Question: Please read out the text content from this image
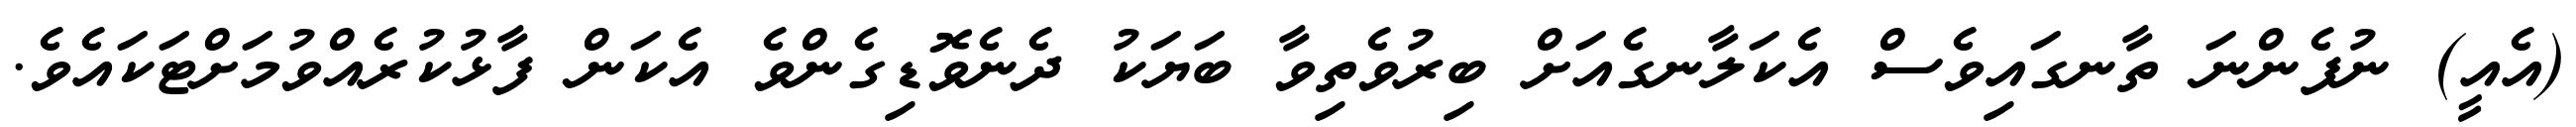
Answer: (އެއީ) ނުފެންނަ ތާނގައިވެސް އެކަލާނގެއަށް ބިރުވެތިވާ ބަޔަކު ދެނެވޮޑިގެންވެ އެކަން ފާޅުކުރެއްވުމަށްޓަކައެވެ.